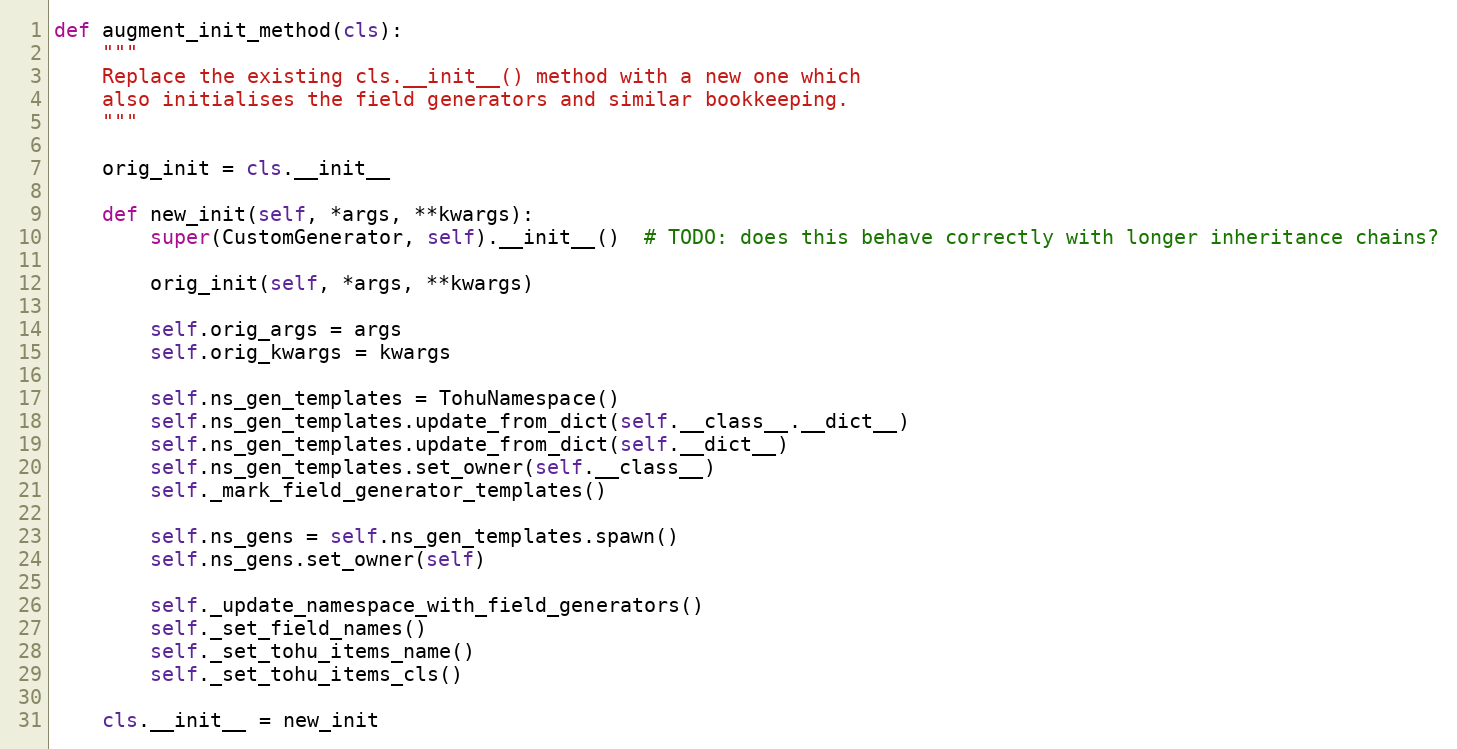
Language: Python
def augment_init_method(cls):
    """
    Replace the existing cls.__init__() method with a new one which
    also initialises the field generators and similar bookkeeping.
    """

    orig_init = cls.__init__

    def new_init(self, *args, **kwargs):
        super(CustomGenerator, self).__init__()  # TODO: does this behave correctly with longer inheritance chains?

        orig_init(self, *args, **kwargs)

        self.orig_args = args
        self.orig_kwargs = kwargs

        self.ns_gen_templates = TohuNamespace()
        self.ns_gen_templates.update_from_dict(self.__class__.__dict__)
        self.ns_gen_templates.update_from_dict(self.__dict__)
        self.ns_gen_templates.set_owner(self.__class__)
        self._mark_field_generator_templates()

        self.ns_gens = self.ns_gen_templates.spawn()
        self.ns_gens.set_owner(self)

        self._update_namespace_with_field_generators()
        self._set_field_names()
        self._set_tohu_items_name()
        self._set_tohu_items_cls()

    cls.__init__ = new_init